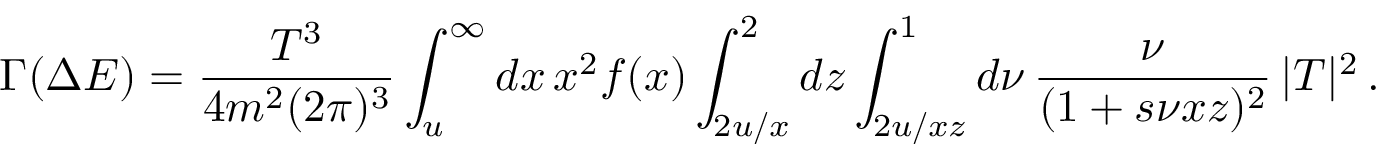
\Gamma ( \Delta E ) = \frac { T ^ { 3 } } { 4 m ^ { 2 } ( 2 \pi ) ^ { 3 } } \int _ { u } ^ { \infty } d x \, x ^ { 2 } f ( x ) \int _ { 2 u / x } ^ { 2 } d z \int _ { 2 u / x z } ^ { 1 } d \nu \, \frac { \nu } { ( 1 + s \nu x z ) ^ { 2 } } \, | T | ^ { 2 } \, .